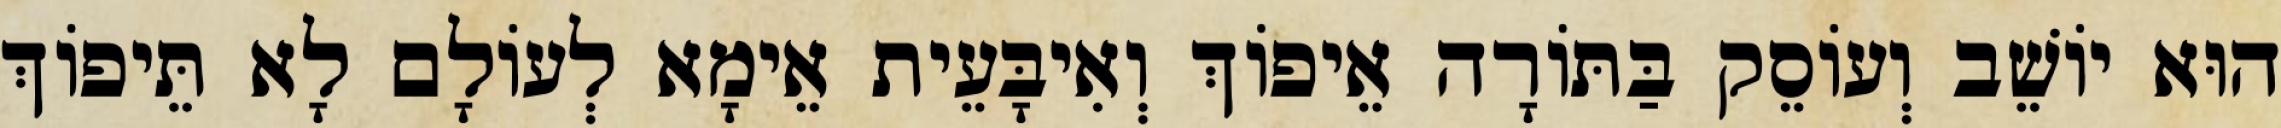
הוּא יוֹשֵׁב וְעוֹסֵק בַּתּוֹרָה אֵיפוֹךְ וְאִיבָּעֵית אֵימָא לְעוֹלָם לָא תֵּיפוֹךְ